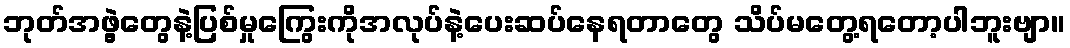
ဘုတ်အဖွဲ့တွေနဲ့ပြစ်မှုကြွေးကိုအလုပ်နဲ့ပေးဆပ်နေရတာတွေ သိပ်မတွေ့ရတော့ပါဘူးဗျာ။